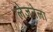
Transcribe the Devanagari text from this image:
लेजनेला